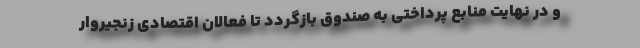
و در نهایت منابع پرداختی به صندوق بازگردد تا فعالان اقتصادی زنجیروار